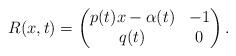
LaTeX: \begin{gather*}R(x,t) = \begin{pmatrix}p(t)x -\alpha(t)&-1\\q(t)&0\end{pmatrix}.\end{gather*}